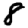
Digit: 8